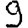
Digit: 9